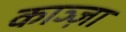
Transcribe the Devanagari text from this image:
काञ्ज़ा